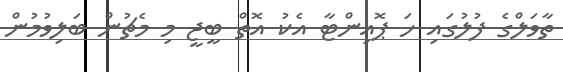
ތާވަލްގެ ފުލުގައި ހަ ޕޮއިންޓާ އެކު އޮތް ބީޖީ މި މެޗުން ބަލިވުމުން